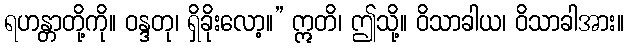
ရဟန္တာတို့ကို။ ဝန္ဒတု၊ ရှိခိုးလော့။” ဣတိ၊ ဤသို့။ ဝိသာခါယ၊ ဝိသာခါအား။